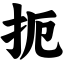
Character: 扼